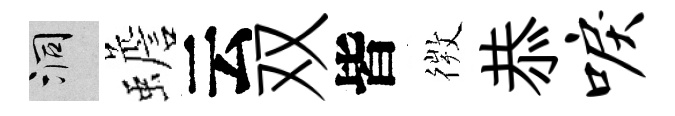
洞蟾云双皆𢕄恭唳